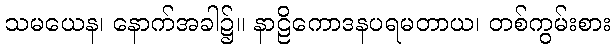
သမယေန၊ နောက်အခါ၌။ နာဠိကောဒနပရမတာယ၊ တစ်ကွမ်းစား